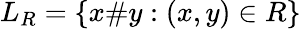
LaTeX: L_{R}=\{ x\# y:(x,y)\in R\}